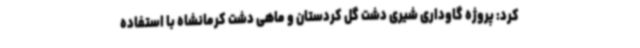
کرد: پروژه گاوداری شیری دشت گل کردستان و ماهی دشت کرمانشاه با استفاده